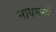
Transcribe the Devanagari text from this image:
नायमनों